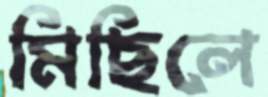
মিছিলে